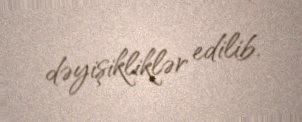
dəyişikliklər edilib.